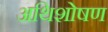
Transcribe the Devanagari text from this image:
अथिशोषण